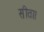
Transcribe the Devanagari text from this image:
सीता।